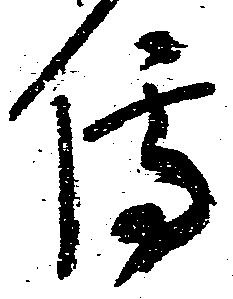
伝